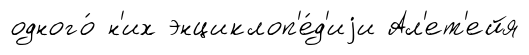
одного́ н'их энциклоп'е́д'иjи Ал'ет'ейя